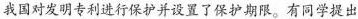
我国对发明专利进行保护并设置了保护期限。有同学提出